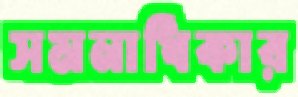
সমনাধিকার